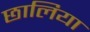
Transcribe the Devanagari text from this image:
छालिया